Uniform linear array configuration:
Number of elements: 32
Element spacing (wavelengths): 0.75
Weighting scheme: hann
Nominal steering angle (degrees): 45
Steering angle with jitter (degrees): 45.542
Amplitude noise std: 0.05
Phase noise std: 0.05

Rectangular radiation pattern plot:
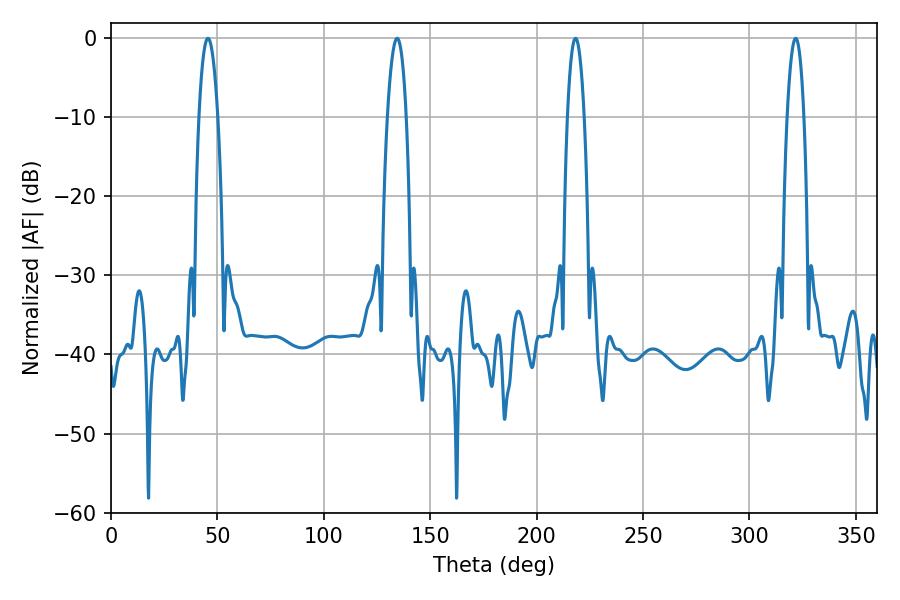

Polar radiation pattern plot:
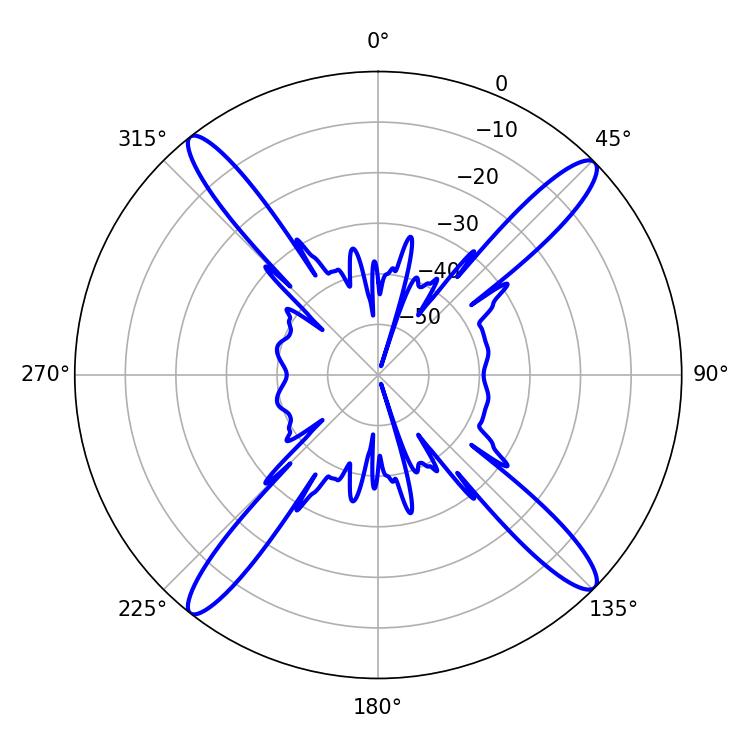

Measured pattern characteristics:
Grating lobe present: TRUE
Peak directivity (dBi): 18.217
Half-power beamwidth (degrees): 4.86
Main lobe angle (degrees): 45.54